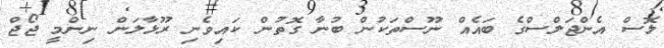
ލޮސް އެންޖަލްސްގެ ބައެއް ނޫސްތަކުން ބުނާ ގޮތުން ކައިވެނި ރޫޅާލަން ނިންމީ ޖޯޖް